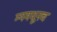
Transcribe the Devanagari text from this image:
म्यमधूनच